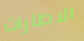
الاطارات